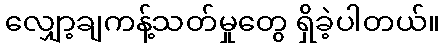
လျှော့ချကန့်သတ်မှုတွေ ရှိခဲ့ပါတယ်။